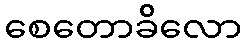
စေတောခိလော